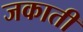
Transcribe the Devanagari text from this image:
जकाती